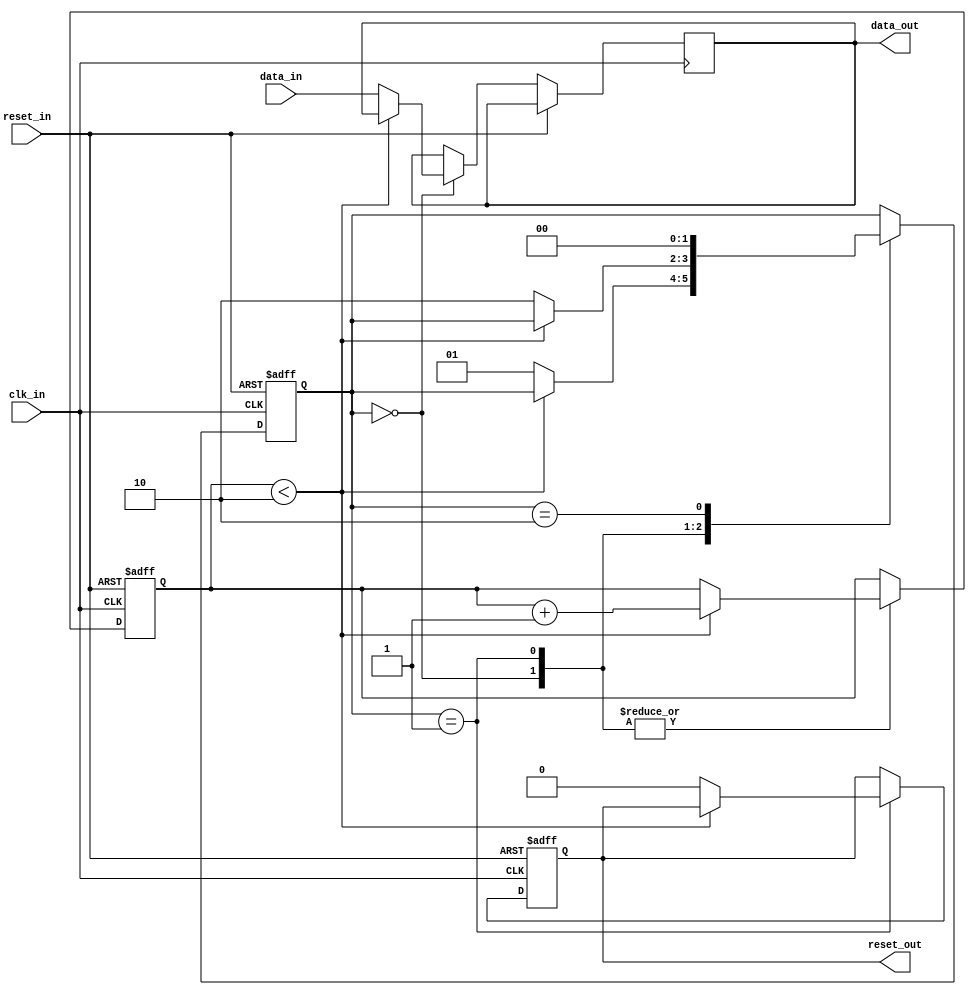
module synchronizer_with_reset(
    input wire clk_in,
    input wire reset_in,
    input wire data_in,
    output reg data_out,
    output reg reset_out
);

reg [1:0] state;
wire reset_sync;
reg [1:0] sync_count;

always @(posedge clk_in or posedge reset_in)
begin
    if(reset_in)
    begin
        state <= 2'b00;
        sync_count <= 2'b00;
        reset_out <= 1'b1;
    end
    else
    begin
        case(state)
            2'b00: begin
                if(sync_count < 2'b10)
                    sync_count <= sync_count + 1;
                else
                begin
                    state <= 2'b01;
                    data_out <= data_in;
                end
            end
            2'b01: begin
                if(sync_count < 2'b10)
                    sync_count <= sync_count + 1;
                else
                begin
                    state <= 2'b10;
                    reset_out <= 1'b0;
                end
            end
            2'b10: state <= 2'b00;
        endcase
    end
end

assign reset_sync = reset_out;

endmodule